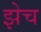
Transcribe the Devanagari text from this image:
झेच